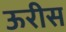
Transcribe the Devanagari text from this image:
ऊरीस